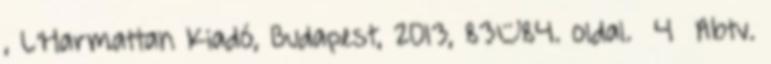
, L’Harmattan Kiadó, Budapest, 2013, 83–84. oldal. 4 Abtv.